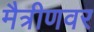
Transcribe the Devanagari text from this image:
मैत्रीणवर